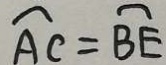
\widehat { A C } = \widehat { B E }